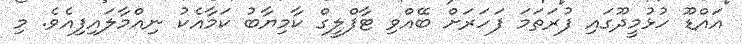
އައްޑޫ ހުޅުމީދޫގައި ފުރަތަމަ ފަހަރަށް ބޭއްވި ޓާފްލީގް ކާމިޔާބު ކަމާއެކު ނިއްމާލައިފިއެވެ. މި